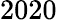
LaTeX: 2020